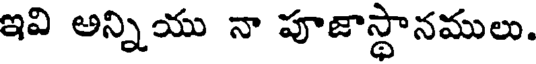
ఇవి అన్నియు నా పూజాస్థానములు.